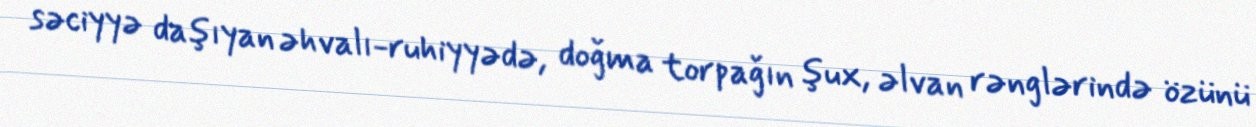
səciyyə daşıyan əhvalı-ruhiyyədə, doğma torpağın şux, əlvan rənglərində özünü